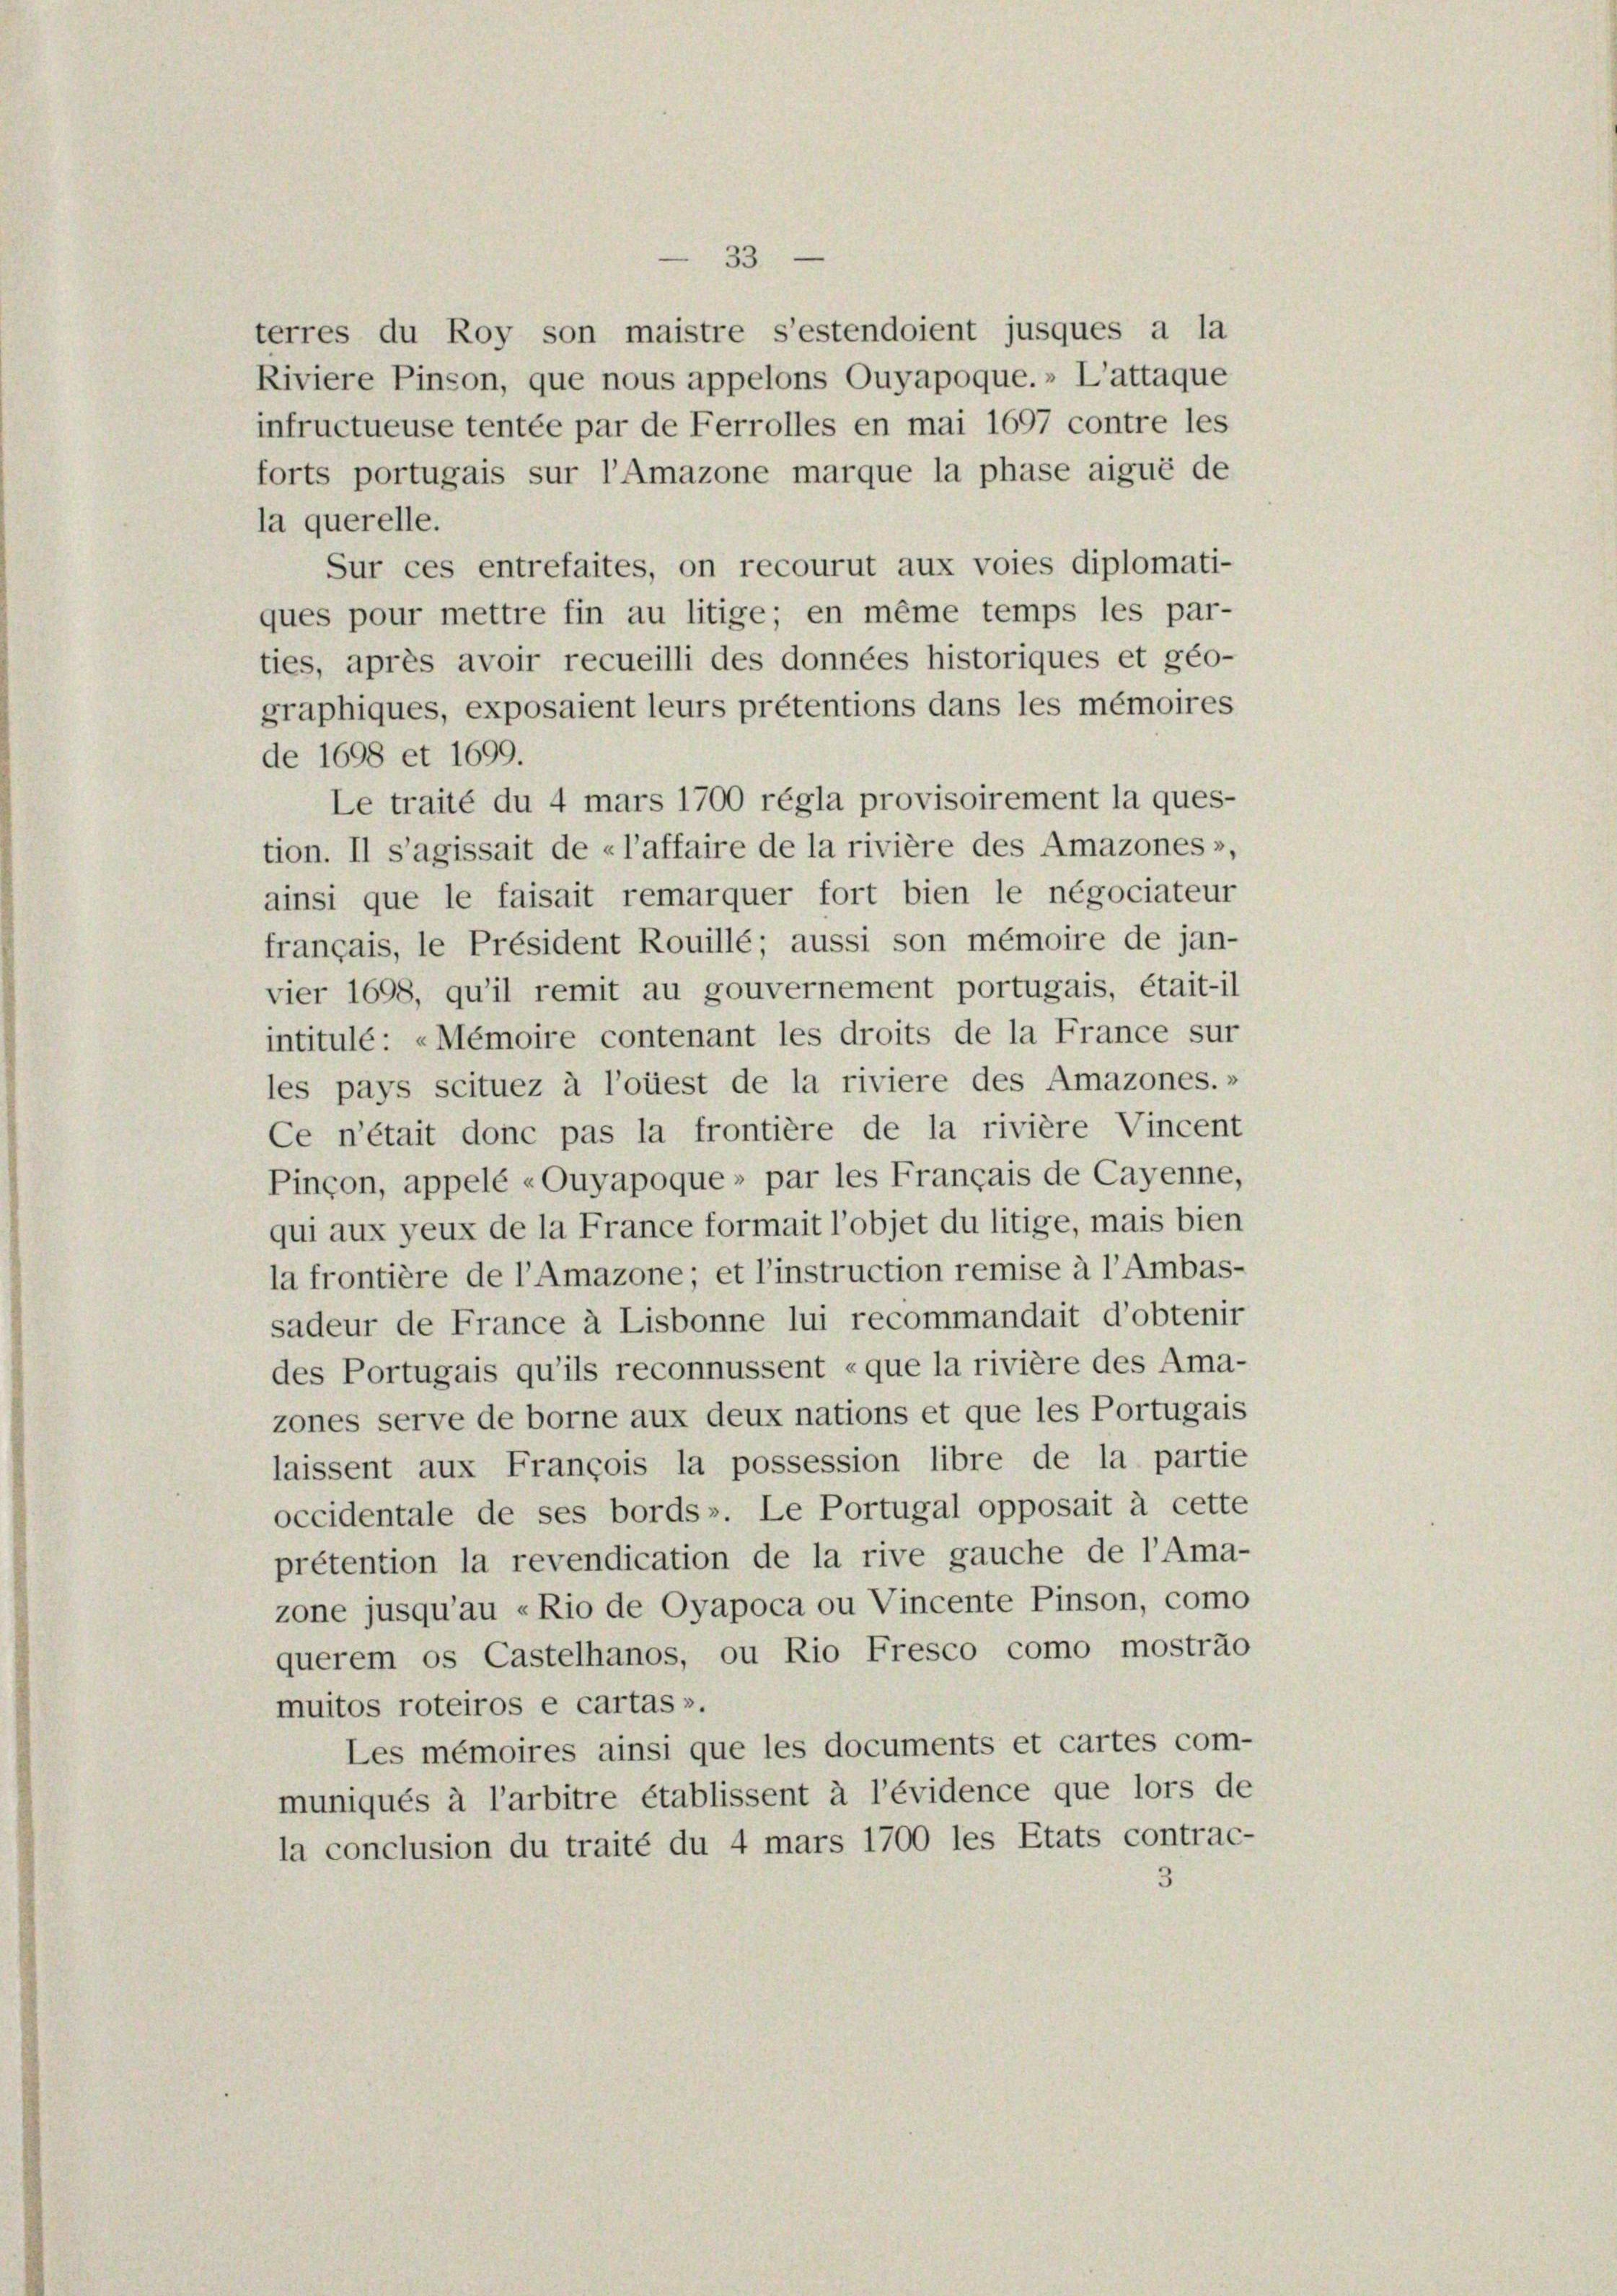
53

la querelle.
de 1698 et 1699.
français, le Président Rouillé; aussi son mémoire de jan-
vier 1698, qu’il remit au gouvernement portugais, était-il
intitulé: «Mémoire contenant les droits de la France sur
les pays scituez à l’oüest de la riviere des Amazones.»
Ce n’était donc pas la frontière de la rivière Vincent
Pinçon, appelé «Ouyapoque » par les Français de Cayenne,
qui aux yeux de la France formait l’objet du litige, mais bien
la frontière de l’Amazone; et l’instruction remise à l’Ambas-
sadeur de France à Lisbonne lui recommandait d’obtenir
des Portugais qu’ils reconnussent «que la rivière des Ama-
zones serve de borne aux deux nations et que les Portugais
laissent aux François la possession libre de la partie
occidentale de ses bords». Le Portugal opposait à cette
prétention la revendication de la rive gauche de l’Ama-
zone jusqu’au «Rio de Oyapoca ou Vincente Pinson, como
querem os Castelhanos, ou Rio Fresco como mostrao
muitos roteiros e cartas ».
Les mémoires ainsi que les documents et cartes com-
muniqués à l’arbitre établissent à l’évidence que lors de
la conclusion du traité du 4 mars 1700 les Etats contrac-
3

terres du Roy son maistre s’estendoient jusques a la
Riviere Pinson, que nous appelons Quyapoque.» L’attaque
infructueuse tentée par de Ferrolles en mai 1697 contre les
forts portugais sur l’Amazone marque la phase aigué de
Sur ces entrefaites, on recourut aux voies diplomati-
ques pour mettre fin au litige; en même temps les par-
ties, après avoir recueilli des données historiques et géo-
graphiques, exposaient leurs prétentions dans les mémoires
Le traité du 4 mars 1700 régla provisoirement la ques-
tion. Il s’agissait de «l’affaire de la rivière des Amazones»,
ainsi que le faisait remarquer fort bien le négociateur